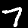
Digit: 7